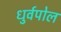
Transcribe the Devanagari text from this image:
धुर्वपोल